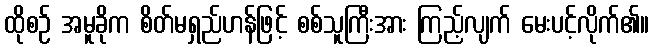
ထိုစဉ် အမူခိုက စိတ်မရှည်ဟန်ဖြင့် စစ်သူကြီးအား ကြည့်လျက် မေးပင့်လိုက်၏။